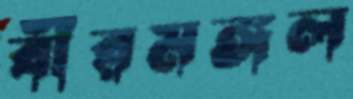
বীরমঙ্গল